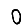
Digit: 0